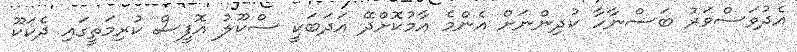
އެދުވަސްވަރު ބަސްނާހާ ކުދިންނަށް އެންމެ އާމުކޮށްދޭ އަދަބަކީ ސްކޫލު އޮފީސް ކުރިމަތީގައި ދެކަކޫ